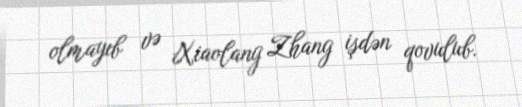
olmayıb və Xiaolang Zhang işdən qovulub.